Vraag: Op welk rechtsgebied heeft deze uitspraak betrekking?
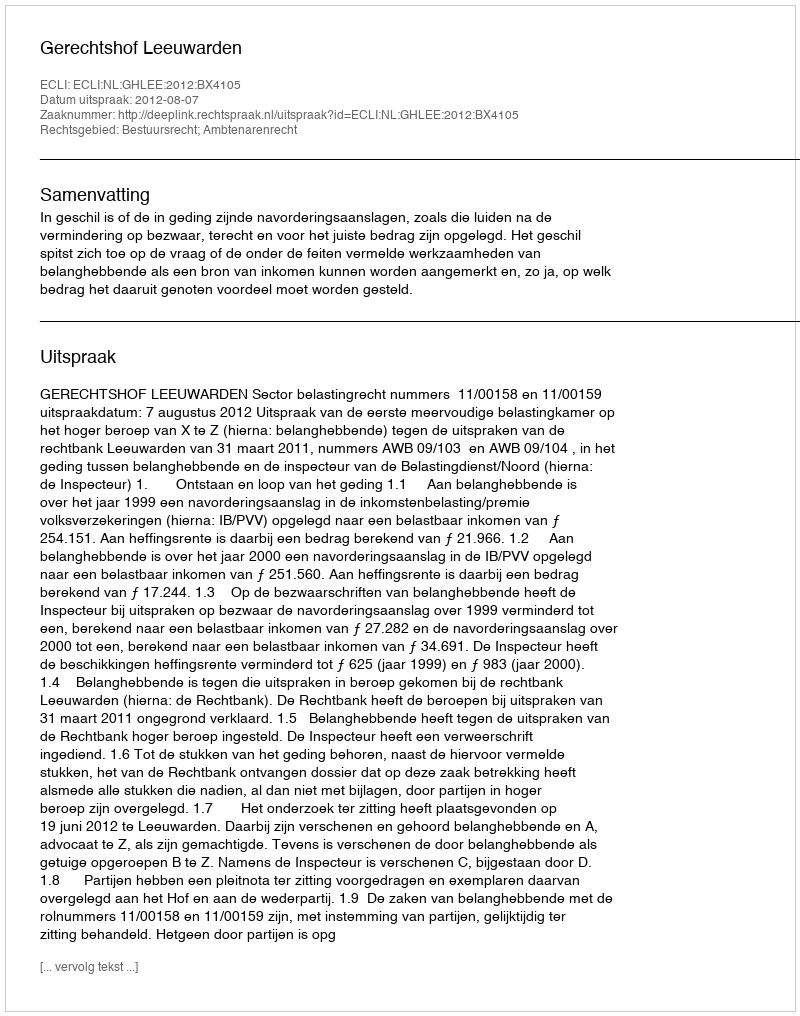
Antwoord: Bestuursrecht; Ambtenarenrecht